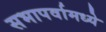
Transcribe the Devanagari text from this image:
सभापर्वामध्ये